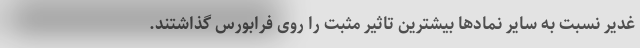
غدیر نسبت به سایر نمادها بیشترین تاثیر مثبت را روی فرابورس گذاشتند.